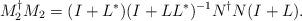
LaTeX: \begin{align*}M_{2}^{\dagger}M_{2}=(I+L^{\ast})(I+LL^{\ast})^{-1}N^{\dagger}N(I+L).\end{align*}